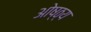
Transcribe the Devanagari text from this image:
ओष्ठ्य